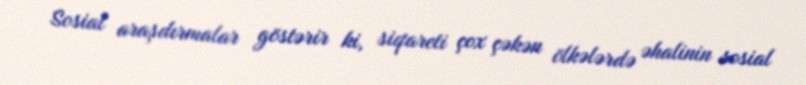
Sosial araşdırmalar göstərir ki, siqareti çox çəkən ölkələrdə əhalinin sosial